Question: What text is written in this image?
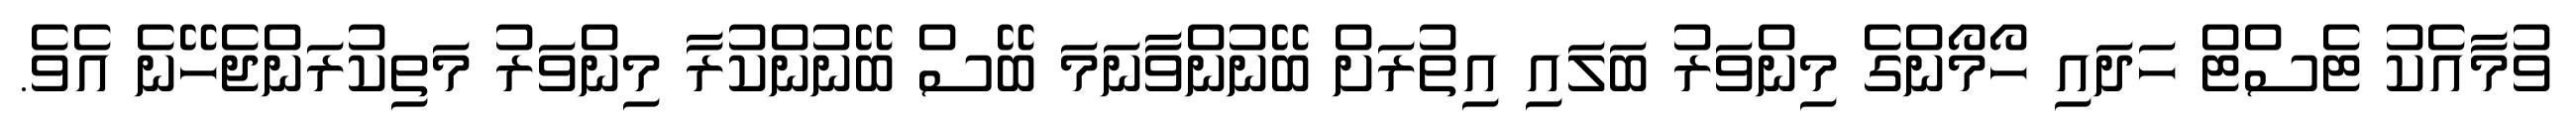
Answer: ވުމާއެކު ޓެސްޓް ހަދައި ހޯމޯންގެ މިންވަރު ބަލައި އިތުރަށް ބޭނުންވާނަމަ ބޭސް ބޭނުންކުރާ މިންވަރު މަތިކުރަންޖެހޭނެ އެވެ.